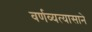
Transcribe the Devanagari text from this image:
वर्णव्यत्यासाने